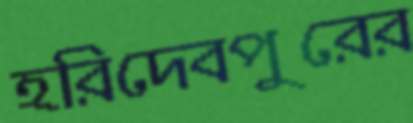
হরিদেবপুরের